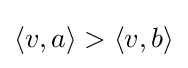
\langle v,a\rangle >\langle v,b\rangle